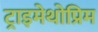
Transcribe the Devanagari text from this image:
ट्राइमेथोप्रिम